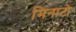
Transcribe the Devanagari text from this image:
मिनाटो